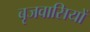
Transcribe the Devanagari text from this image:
बृजवासियों